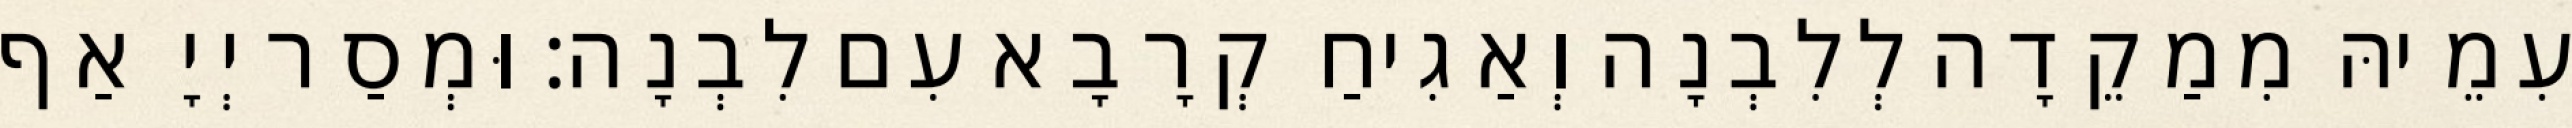
עִמֵיהּ מִמַקֵדָה לְלִבְנָה וְאַגִיחַ קְרָבָא עִם לִבְנָה׃ וּמְסַר יְיָ אַף